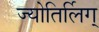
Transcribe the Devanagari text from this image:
ज्योतिर्लिग्